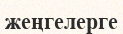
жеңгелерге